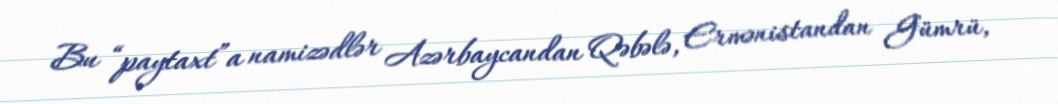
Bu “paytaxt”a namizədlər Azərbaycandan Qəbələ, Ermənistandan Gümrü,